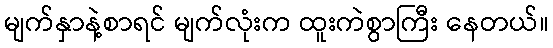
မျက်နှာနဲ့စာရင် မျက်လုံးက ထူးကဲစွာကြီး နေတယ်။